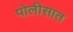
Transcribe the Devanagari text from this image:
पोलीसात